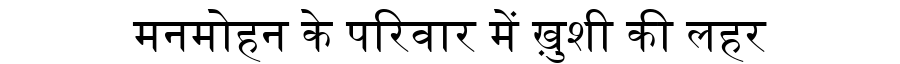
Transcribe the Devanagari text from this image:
मनमोहन के परिवार में ख़ुशी की लहर